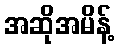
အဆိုအမိန့်